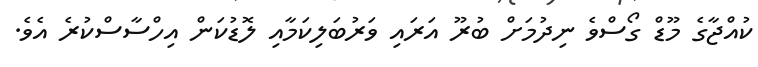
ކުއްޖާގެ މޫޑް ގޯސްވެ ނިދުމަށް ބުރޫ އަރައި ވަރުބަލިކަމާއި ލޮޑުކަން އިހްސާސްކުރެ އެވެ.